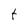
Character: t